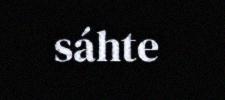
sáhte